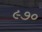
૯૭૦